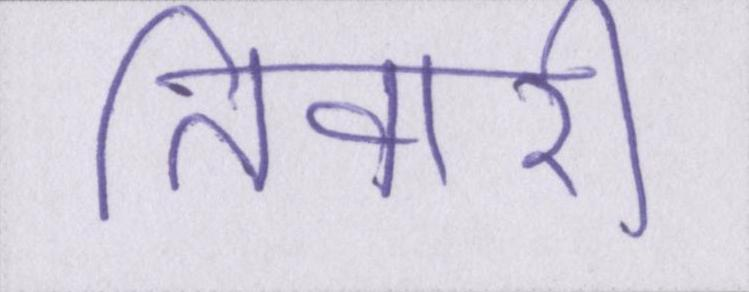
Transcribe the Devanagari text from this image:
तिवारी